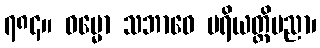
၇၈၄။ ဓမ္မော သဘာဝေ ပရိယတ္တိပညာ၊